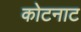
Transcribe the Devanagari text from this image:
कोटनाट